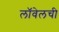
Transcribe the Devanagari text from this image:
लॉवेलची